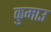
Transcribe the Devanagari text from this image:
कुमाउ